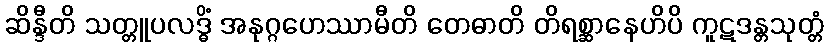
ဆိန္ဒီတိ သတ္တူပလဒ္ဓိံ အနုဂ္ဂဟေဿာမီတိ တေဓာတိ တိရစ္ဆာနေဟိပိ ကူဋဒန္တသုတ္တံ